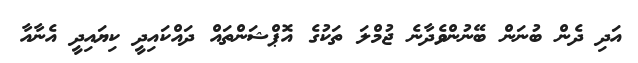
އަދި ދެން ބުނަން ބޭނުންވެދާނެ ޖުމްލަ ތަކުގެ އޮޕްޝަންތައް ދައްކައިދީ ކިޔައިދީ އެނާއާ